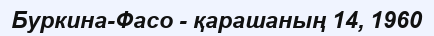
Буркина-Фасо - қарашаның 14, 1960